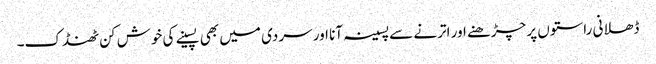
ڈھلانی راستوں پر چڑھنے اور اترنے سے پسینہ آنا اور سردی میں بھی پسینے کی خوش کن ٹھنڈک۔